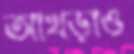
আখড়াও